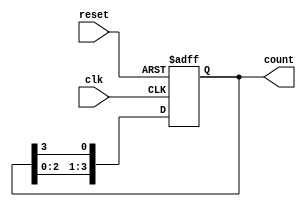
module ring_counter #(
    parameter N = 4  // Number of bits in the ring counter
)(
    input wire clk,    // Clock signal
    input wire reset,  // Asynchronous reset signal
    output reg [N-1:0] count // Output of the ring counter
);

// Asynchronous reset and counter logic
always @(posedge clk or posedge reset) begin
    if (reset) begin
        // Initialize the counter to 1 in the first flip-flop
        count <= 1'b1; // Set the first flip-flop to '1', others will be '0'
    end else begin
        // Shift the '1' to the next flip-flop
        count <= {count[N-2:0], count[N-1]}; // Rotate the '1' through the flip-flops
    end
end

endmodule